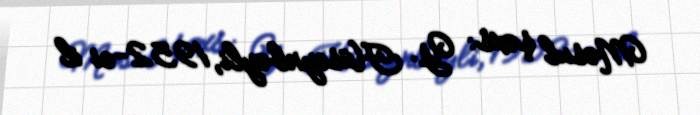
Məsul şəxs: Y. Hüseynbəyli, 1952-ci il